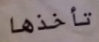
تأخذها